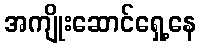
အကျိုးဆောင်ရှေ့နေ